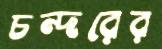
চন্দরের